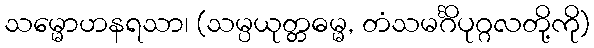
သမ္မောဟနရသာ၊ (သမ္ပယုတ္တဓမ္မ, တံသမင်္ဂိပုဂ္ဂလတို့ကို)